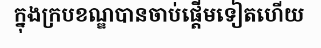
ក្នុងក្របខណ្ឌបានចាប់ផ្តើមទៀតហើយ